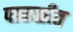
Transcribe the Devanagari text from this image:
पाकळीत